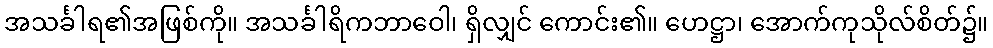
အသင်္ခါရ၏အဖြစ်ကို။ အသင်္ခါရိကဘာဝေါ၊ ရှိလျှင် ကောင်း၏။ ဟေဋ္ဌာ၊ အောက်ကုသိုလ်စိတ်၌။